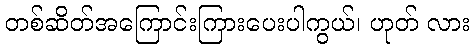
တစ်ဆိတ်အကြောင်းကြားပေးပါကွယ်၊ ဟုတ် လား